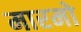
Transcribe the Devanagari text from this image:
मारमो